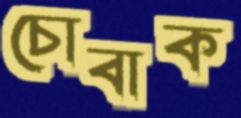
চোবাক